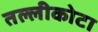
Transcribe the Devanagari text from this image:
तल्लीकोटा